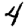
Digit: 4